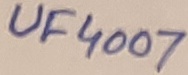
Text: UF4007